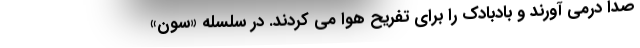
صدا درمی آورند و بادبادک را برای تفریح هوا می کردند. در سلسله «سون»